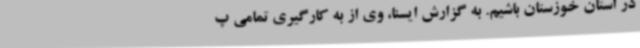
در استان خوزستان باشیم‌. به گزارش ایسنا، وی از به کارگیری تمامی پ